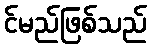
င်မည်ဖြစ်သည်